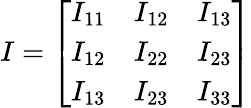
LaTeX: {\mathbf\cal I}=\left[\begin{array}{rrr}{I_{11}}&{I_{12}}&{I_{13}}\\ {I_{12}}&{I_{22}}&{I_{23}}\\ {I_{13}}&{I_{23}}&{I_{33}}\end{array}\right]